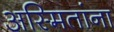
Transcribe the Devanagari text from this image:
अस्मितांना